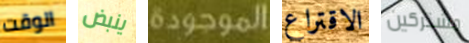
الوقت ينبض الموجودة الاقتراع مشتركين